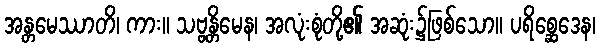
အန္တမေဿာတိ၊ ကား။ သဗ္ဗန္တိမေန၊ အလုံးစုံတို့၏ အဆုံး၌ဖြစ်သော။ ပရိစ္ဆေဒေန၊